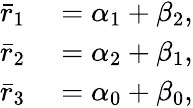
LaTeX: \begin{array}{rl}{\bar{r}_{1}}&{{}=\alpha_{1}+\beta_{2},}\\ {\bar{r}_{2}}&{{}=\alpha_{2}+\beta_{1},}\\ {\bar{r}_{3}}&{{}=\alpha_{0}+\beta_{0},}\end{array}